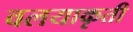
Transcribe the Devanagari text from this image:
वलयाकृती